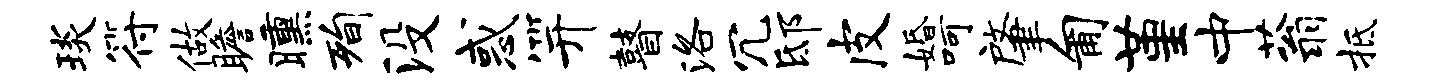
琰符做瞻曛洵没惑笄瞽洛冗邸皮婚呵肇匍堇中蓊抵